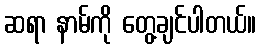
ဆရာ နာမ်ကို တွေ့ချင်ပါတယ်။